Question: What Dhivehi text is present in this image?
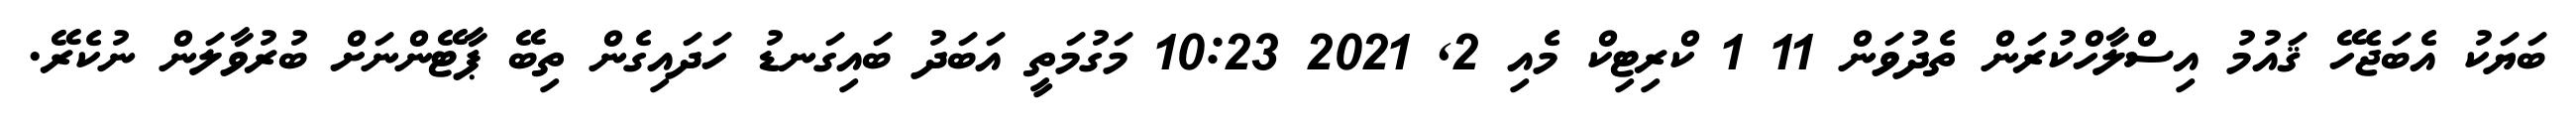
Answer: ބަޔަކު އެބަޖެހޭ ޤައުމު އިސްލާހްކުރަން ތެދުވަން 11 1 ކްރިޓިކް މެއި 2, 2021 10:23 މަގުމަތީ އަބަދު ބައިގަނޑު ހަދައިގެން ތިބޭ ޕާޓޭންނަށް ބުރުވާލަން ނުކެރޭ.